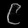
Digit: ၉